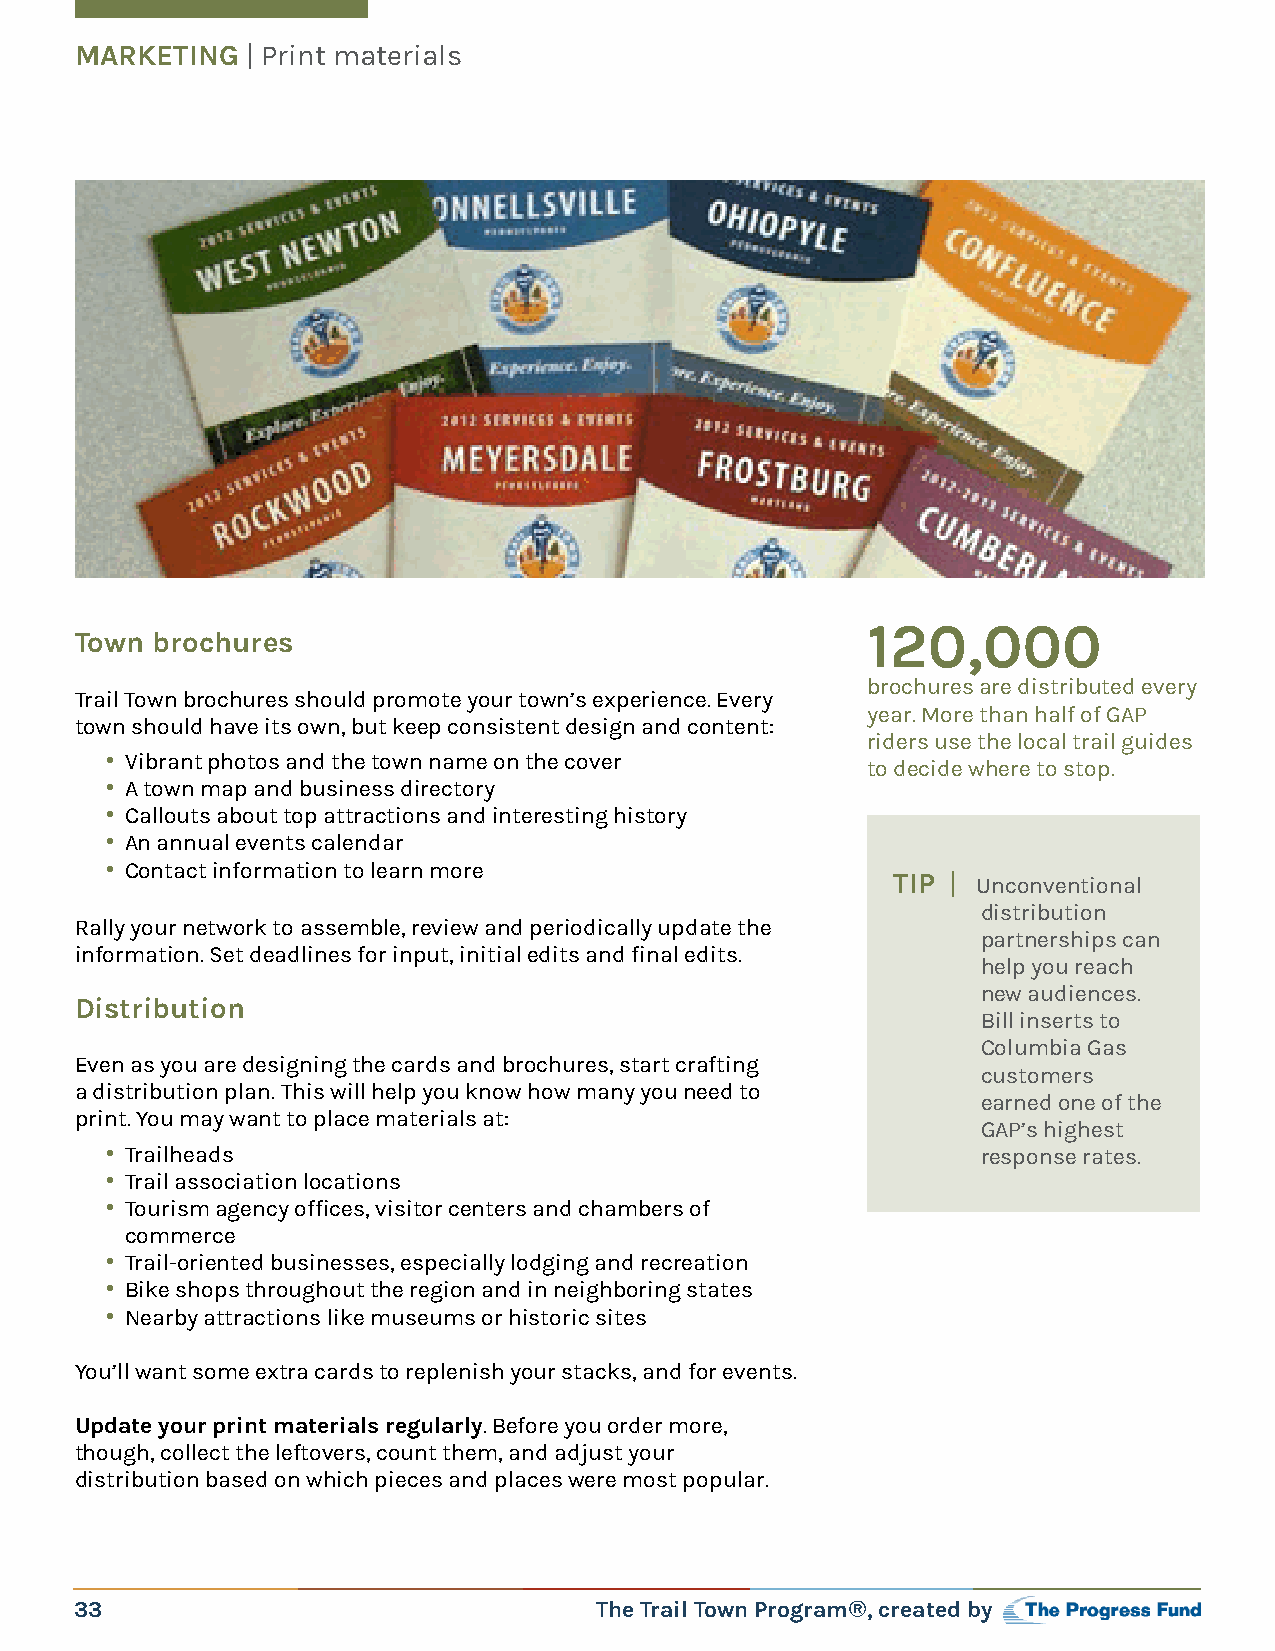
MARKETING  | Print materials
 120,000
 Town brochures
 brochures are distributed every
 Trail Town brochures should promote your town’s experience. Every
 year. More than half of GAP
 town should have its own, but keep consistent design and content:
 riders use the local trail guides
 • Vibrant photos and the town name on the cover   to decide where to stop.
 • A town map and business directory
 • Callouts about top attractions and interesting history
 • An annual events calendar
 • Contact information to learn more
 TIP | Unconventional
 distribution
 Rally your network to assemble, review and periodically update the
 partnerships can
 information. Set deadlines for input, initial edits and final edits.
 help you reach
 new audiences.
 Distribution
 Bill inserts to
 Columbia Gas
 Even as you are designing the cards and brochures, start crafting
 customers
 a distribution plan. This will help you know how many you need to
 earned one of the
 print. You may want to place materials at:
 GAP’s highest
 • Trailheads                                              response rates.
 • Trail association locations
 • Tourism agency offices, visitor centers and chambers of
 commerce
 • Trail-oriented businesses, especially lodging and recreation
 • Bike shops throughout the region and in neighboring states
 • Nearby attractions like museums or historic sites
 You’ll want some extra cards to replenish your stacks, and for events.
 Update your print materials regularly. Before you order more,
 though, collect the leftovers, count them, and adjust your
 distribution based on which pieces and places were most popular.
 33                                The Trail Town Program®, created by